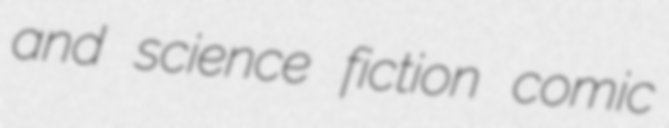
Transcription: and science fiction comic